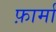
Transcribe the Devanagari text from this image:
फ़ार्मा